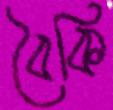
বৈকি